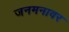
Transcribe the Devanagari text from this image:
जनमनावर